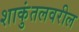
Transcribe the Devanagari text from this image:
शाकुंतलवरील